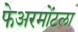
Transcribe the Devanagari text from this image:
फेअरमोंटला